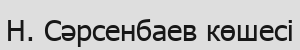
Н. Сәрсенбаев көшесі